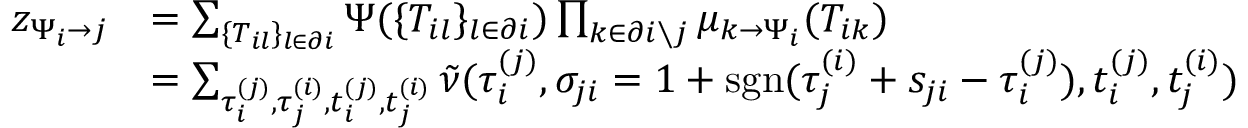
\begin{array} { r } { \begin{array} { r l } { z _ { \Psi _ { i } \to j } } & { = \sum _ { \{ T _ { i l } \} _ { l \in \partial i } } \Psi ( \{ T _ { i l } \} _ { l \in \partial i } ) \prod _ { k \in \partial i \setminus j } \mu _ { k \to \Psi _ { i } } ( T _ { i k } ) } \\ & { = \sum _ { \tau _ { i } ^ { ( j ) } , \tau _ { j } ^ { ( i ) } , t _ { i } ^ { ( j ) } , t _ { j } ^ { ( i ) } } \tilde { \nu } ( \tau _ { i } ^ { ( j ) } , \sigma _ { j i } = 1 + \mathrm { s g n } ( \tau _ { j } ^ { ( i ) } + s _ { j i } - \tau _ { i } ^ { ( j ) } ) , t _ { i } ^ { ( j ) } , t _ { j } ^ { ( i ) } ) } \end{array} } \end{array}